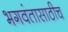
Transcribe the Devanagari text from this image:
भगवंतासाठीच